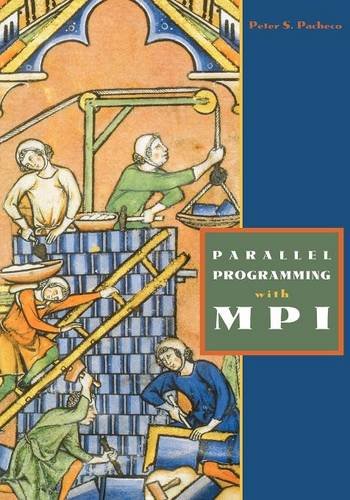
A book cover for Parallel Programming with MPI; Peter Pacheco; Computers & Technology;